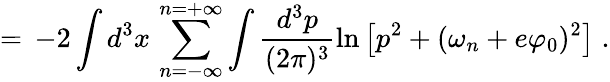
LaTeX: =\, -2\int d^{3}x\, \sum_{n=-\infty}^{n=+\infty}\int\frac{d^{3}p}{(2\pi)^{3}}\ln\left[p^{2}+(\omega_{n}+e\varphi_{0})^{2}\right]\; .